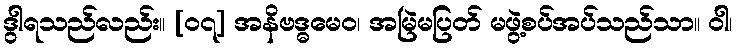
ဒွါရသည်လည်း။ [၀၇] အနိဗဒ္ဓမေဝ၊ အမြဲမပြတ် မဖွဲ့စပ်အပ်သည်သာ။ ဝါ၊